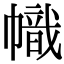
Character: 幟